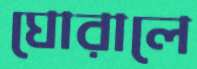
ঘোরালে